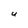
Character: U